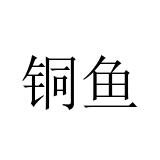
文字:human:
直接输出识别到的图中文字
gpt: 铜鱼